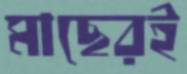
মাছেরই